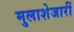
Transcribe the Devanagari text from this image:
मुलाशेजारीं